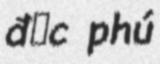
đức phú